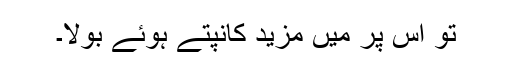
تو اس پر میں مزید کانپتے ہوئے بولا۔